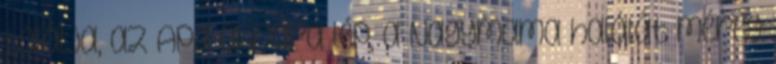
találja, az Apa aknára lép, a Nagymama halálát méreg